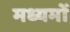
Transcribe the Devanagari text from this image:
मध्यमों